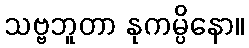
သဗ္ဗဘူတာ နုကမ္ပိနော။